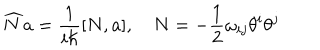
LaTeX: \widehat { N } a = \frac 1 { i \hbar } [ N , a ] , \quad N = - \frac 1 2 \omega _ { i j } \theta ^ { i } \theta ^ { j }